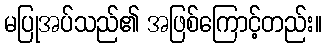
မပြုအပ်သည်၏ အဖြစ်ကြောင့်တည်း။